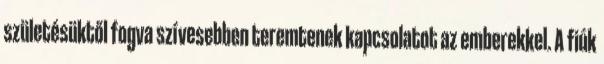
születésüktől fogva szívesebben teremtenek kapcsolatot az emberekkel. A fiúk